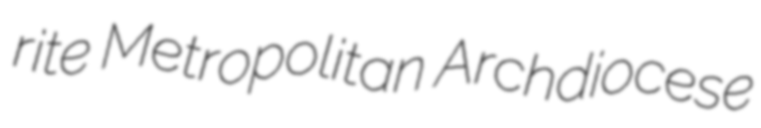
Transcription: rite Metropolitan Archdiocese